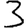
Digit: 3